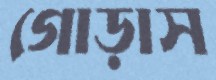
গোড়াস